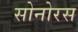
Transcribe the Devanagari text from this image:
सोनोरस